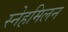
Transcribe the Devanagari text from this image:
स्नेहमिलन